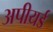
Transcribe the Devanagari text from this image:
अपीयर्ड